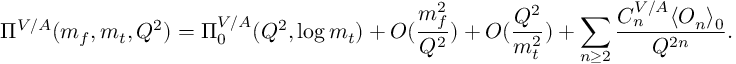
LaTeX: \Pi ^ { V / A } ( m _ { f } , m _ { t } , Q ^ { 2 } ) = \Pi _ { 0 } ^ { V / A } ( Q ^ { 2 } , \log m _ { t } ) + O ( \frac { m _ { f } ^ { 2 } } { Q ^ { 2 } } ) + O ( \frac { Q ^ { 2 } } { m _ { t } ^ { 2 } } ) + \sum _ { n \geq 2 } \frac { C _ { n } ^ { V / A } \langle O _ { n } \rangle _ { 0 } } { Q ^ { 2 n } } .